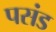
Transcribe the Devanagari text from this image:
पसंड